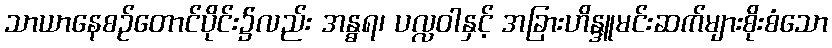
သာယာနေစဉ်တောင်ပိုင်း၌လည်း အန္ဓရ၊ ပလ္လဝါနှင့် အခြားဟိန္ဒူမင်းဆက်များစိုးစံသော